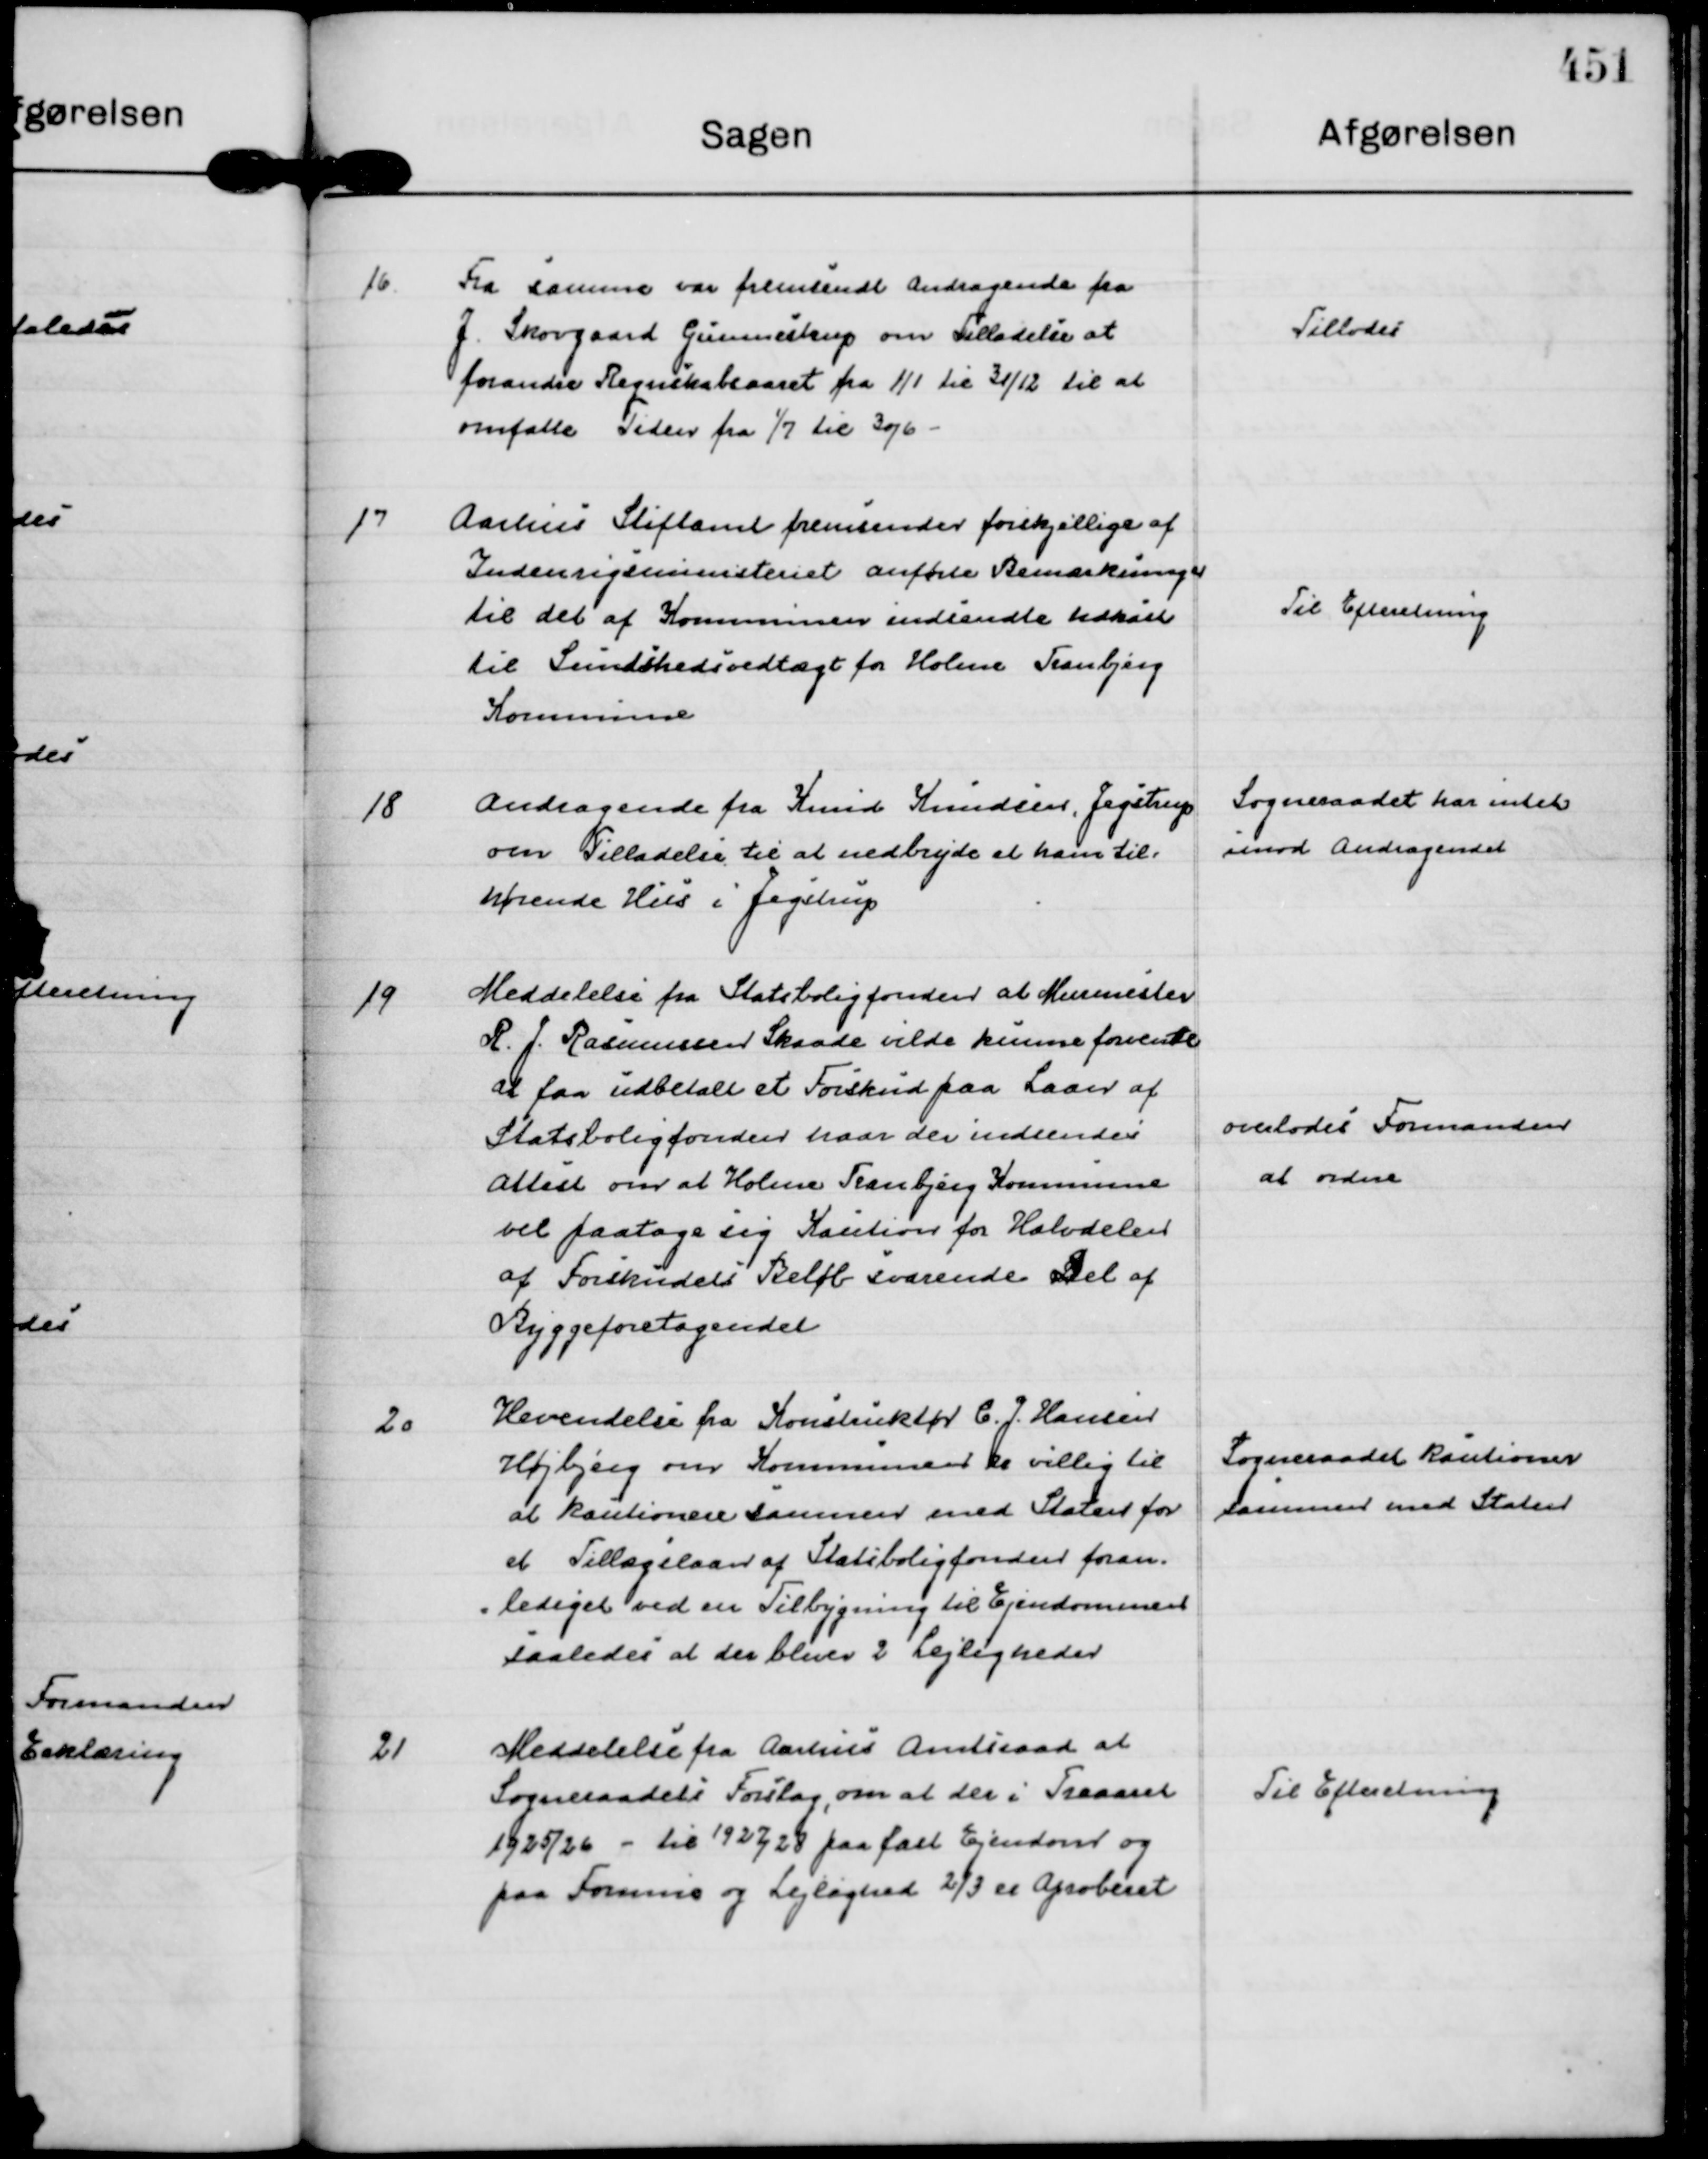
Transskription:
16.
Fra samme var fremsendt andragende fra
J. Skovgaard Gunnestrup om Tilladelse at 
forandre Regnskabsaaret fra 1/1 til 31/12 til at
omfatte Tiden fra 1/7 til 30/6 -

Tillodes

17
Aarhus Stiftamt fremsender forskjellige af
Indenrigsministeriet anførte Bemærkninger
til det af Kommunen indsendte udkast 
til Sundshedsvedtægt for Holme Tranbjerg
Kommune

Til Efteretning

18
Andragende fra Knud Knudsen, Jegstrup
om Tilladelse til at nedbryde et ham til=
hørende Hus i Jegstrup

Sogneraadet har intet
imod Andragendet

19
Meddelelse fra Statsboligfonden at Murmester
R. J. Rasmussen Skaade vilde kunne forvente
at faa udbetalt et Forskud paa Laan af
Statsboligfonden naar der indsendes
Attest om at Holme Tranbjerg Kommune
vil paatage sig Kaution for Halvdelen
af Forskudets Beløb svarende Del af
Byggeforetagendet

overlodes Formanden
at ordne

20
Hevendelse fra Konstruktør C. J. Hansen
Højbjerg om Kommunen er villig til
at kautionere sammen med Staten for
et Tillægslaan af Statsboligfonden foran=
=lediget ved en Tilbygning til Ejendommen 
saaledes at der bliver 2 Lejligheder

Sogneraadet kautioner
sammen med Staten

21
Meddelelse fra Aarhus Amtsraad at 
Sogneraadets Forslag, om at der i Treaaret
1925/26 - til 1927/28 paa fast Ejendom og
paa Formue og Lejlighed ⅔ er Aproberet

Til Efteretning